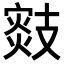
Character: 𢻟